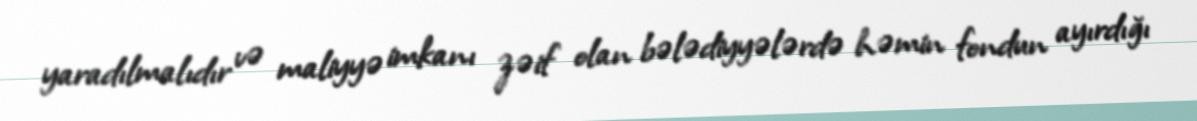
yaradılmalıdır və maliyyə imkanı zəif olan bələdiyyələrdə həmin fondun ayırdığı